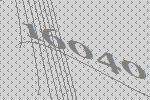
16040